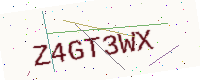
Text: Z4GT3WX